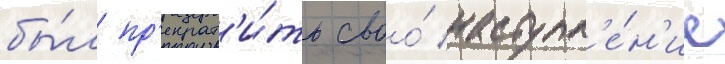
бы́л пр'екрат'и́ть своо́ наступл'е́н'ие